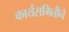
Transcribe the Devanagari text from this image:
कार्यसमितीने